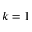
k = 1